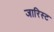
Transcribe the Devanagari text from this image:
जारिस्ट